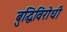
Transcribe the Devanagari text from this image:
बुद्धिविरोधी